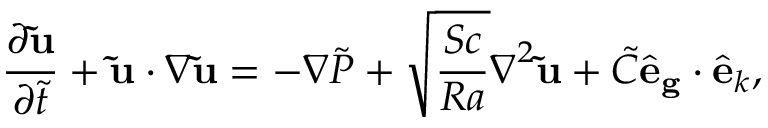
\frac { \partial \mathbf { \tilde { u } } } { \partial \tilde { t } } + \mathbf { \tilde { u } } \cdot \boldsymbol \nabla \mathbf { \tilde { u } } = - \boldsymbol \nabla \tilde { P } + \sqrt { \frac { S c } { R a } } \boldsymbol \nabla ^ { 2 } \mathbf { \tilde { u } } + \tilde { C } \hat { \mathbf e } _ { \mathbf g } \cdot \hat { \mathbf e } _ { k } ,